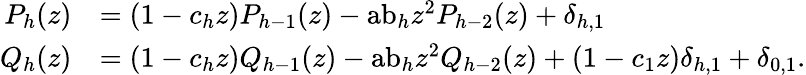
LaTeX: {\begin{array}{rl}{P_{h}(z)}&{=(1-c_{h}z)P_{h-1}(z)-{\mathrm{ab}}_{h}z^{2}P_{h-2}(z)+\delta_{h,1}}\\ {Q_{h}(z)}&{=(1-c_{h}z)Q_{h-1}(z)-{\mathrm{ab}}_{h}z^{2}Q_{h-2}(z)+(1-c_{1}z)\delta_{h,1}+\delta_{0,1}.}\end{array}}